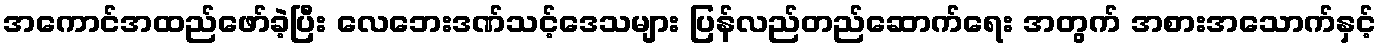
အကောင်အထည်ဖော်ခဲ့ပြီး လေဘေးဒဏ်သင့်ဒေသများ ပြန်လည်တည်ဆောက်ရေး အတွက် အစားအသောက်နှင့်